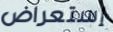
إستعراض